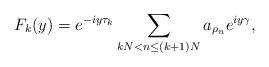
LaTeX: \begin{align*}F_k(y) = e^{-iy \tau_k} \sum_{kN <n \leq (k+1)N} a_{\rho_n} e^{iy\gamma},\end{align*}